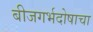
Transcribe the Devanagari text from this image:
बीजगर्भदोषाचा